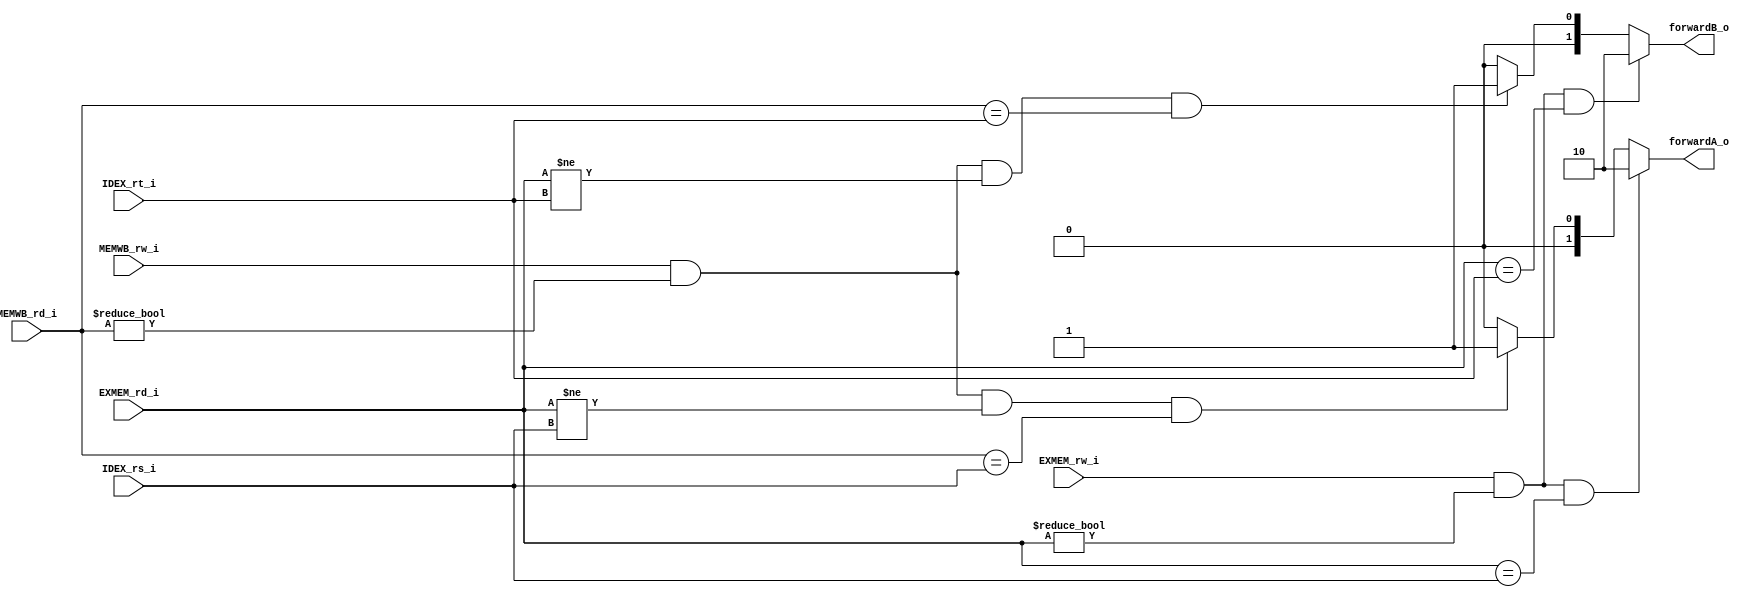
module Forward
(
    EXMEM_rw_i,
    MEMWB_rw_i,
    EXMEM_rd_i,
    MEMWB_rd_i,
    IDEX_rs_i,
    IDEX_rt_i,
    forwardA_o,
    forwardB_o
);

input       [4:0]   EXMEM_rd_i, IDEX_rs_i, IDEX_rt_i, MEMWB_rd_i;
input               EXMEM_rw_i, MEMWB_rw_i;
output  reg [1:0]   forwardA_o, forwardB_o;

always @(*) begin
    if (EXMEM_rw_i &&
        EXMEM_rd_i != 32'b0 &&
        EXMEM_rd_i == IDEX_rs_i) begin
        forwardA_o = 2'b10;
    end
    else if(MEMWB_rw_i &&
            MEMWB_rd_i != 32'b0 &&
            EXMEM_rd_i != IDEX_rs_i &&
            MEMWB_rd_i == IDEX_rs_i) begin
        forwardA_o = 2'b01;
    end
    else begin
        forwardA_o = 2'b00;
    end
    if (EXMEM_rw_i &&
        EXMEM_rd_i != 32'b0 &&
        EXMEM_rd_i == IDEX_rt_i) begin
        forwardB_o = 2'b10;
    end
    else if(MEMWB_rw_i &&
            MEMWB_rd_i != 32'b0 &&
            EXMEM_rd_i != IDEX_rt_i &&
            MEMWB_rd_i == IDEX_rt_i) begin
        forwardB_o = 2'b01;
    end
    else begin
        forwardB_o = 2'b00;
    end
end

endmodule